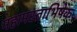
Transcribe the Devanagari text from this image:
महामस्ताभिषेक